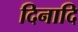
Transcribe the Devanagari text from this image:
दिनादि